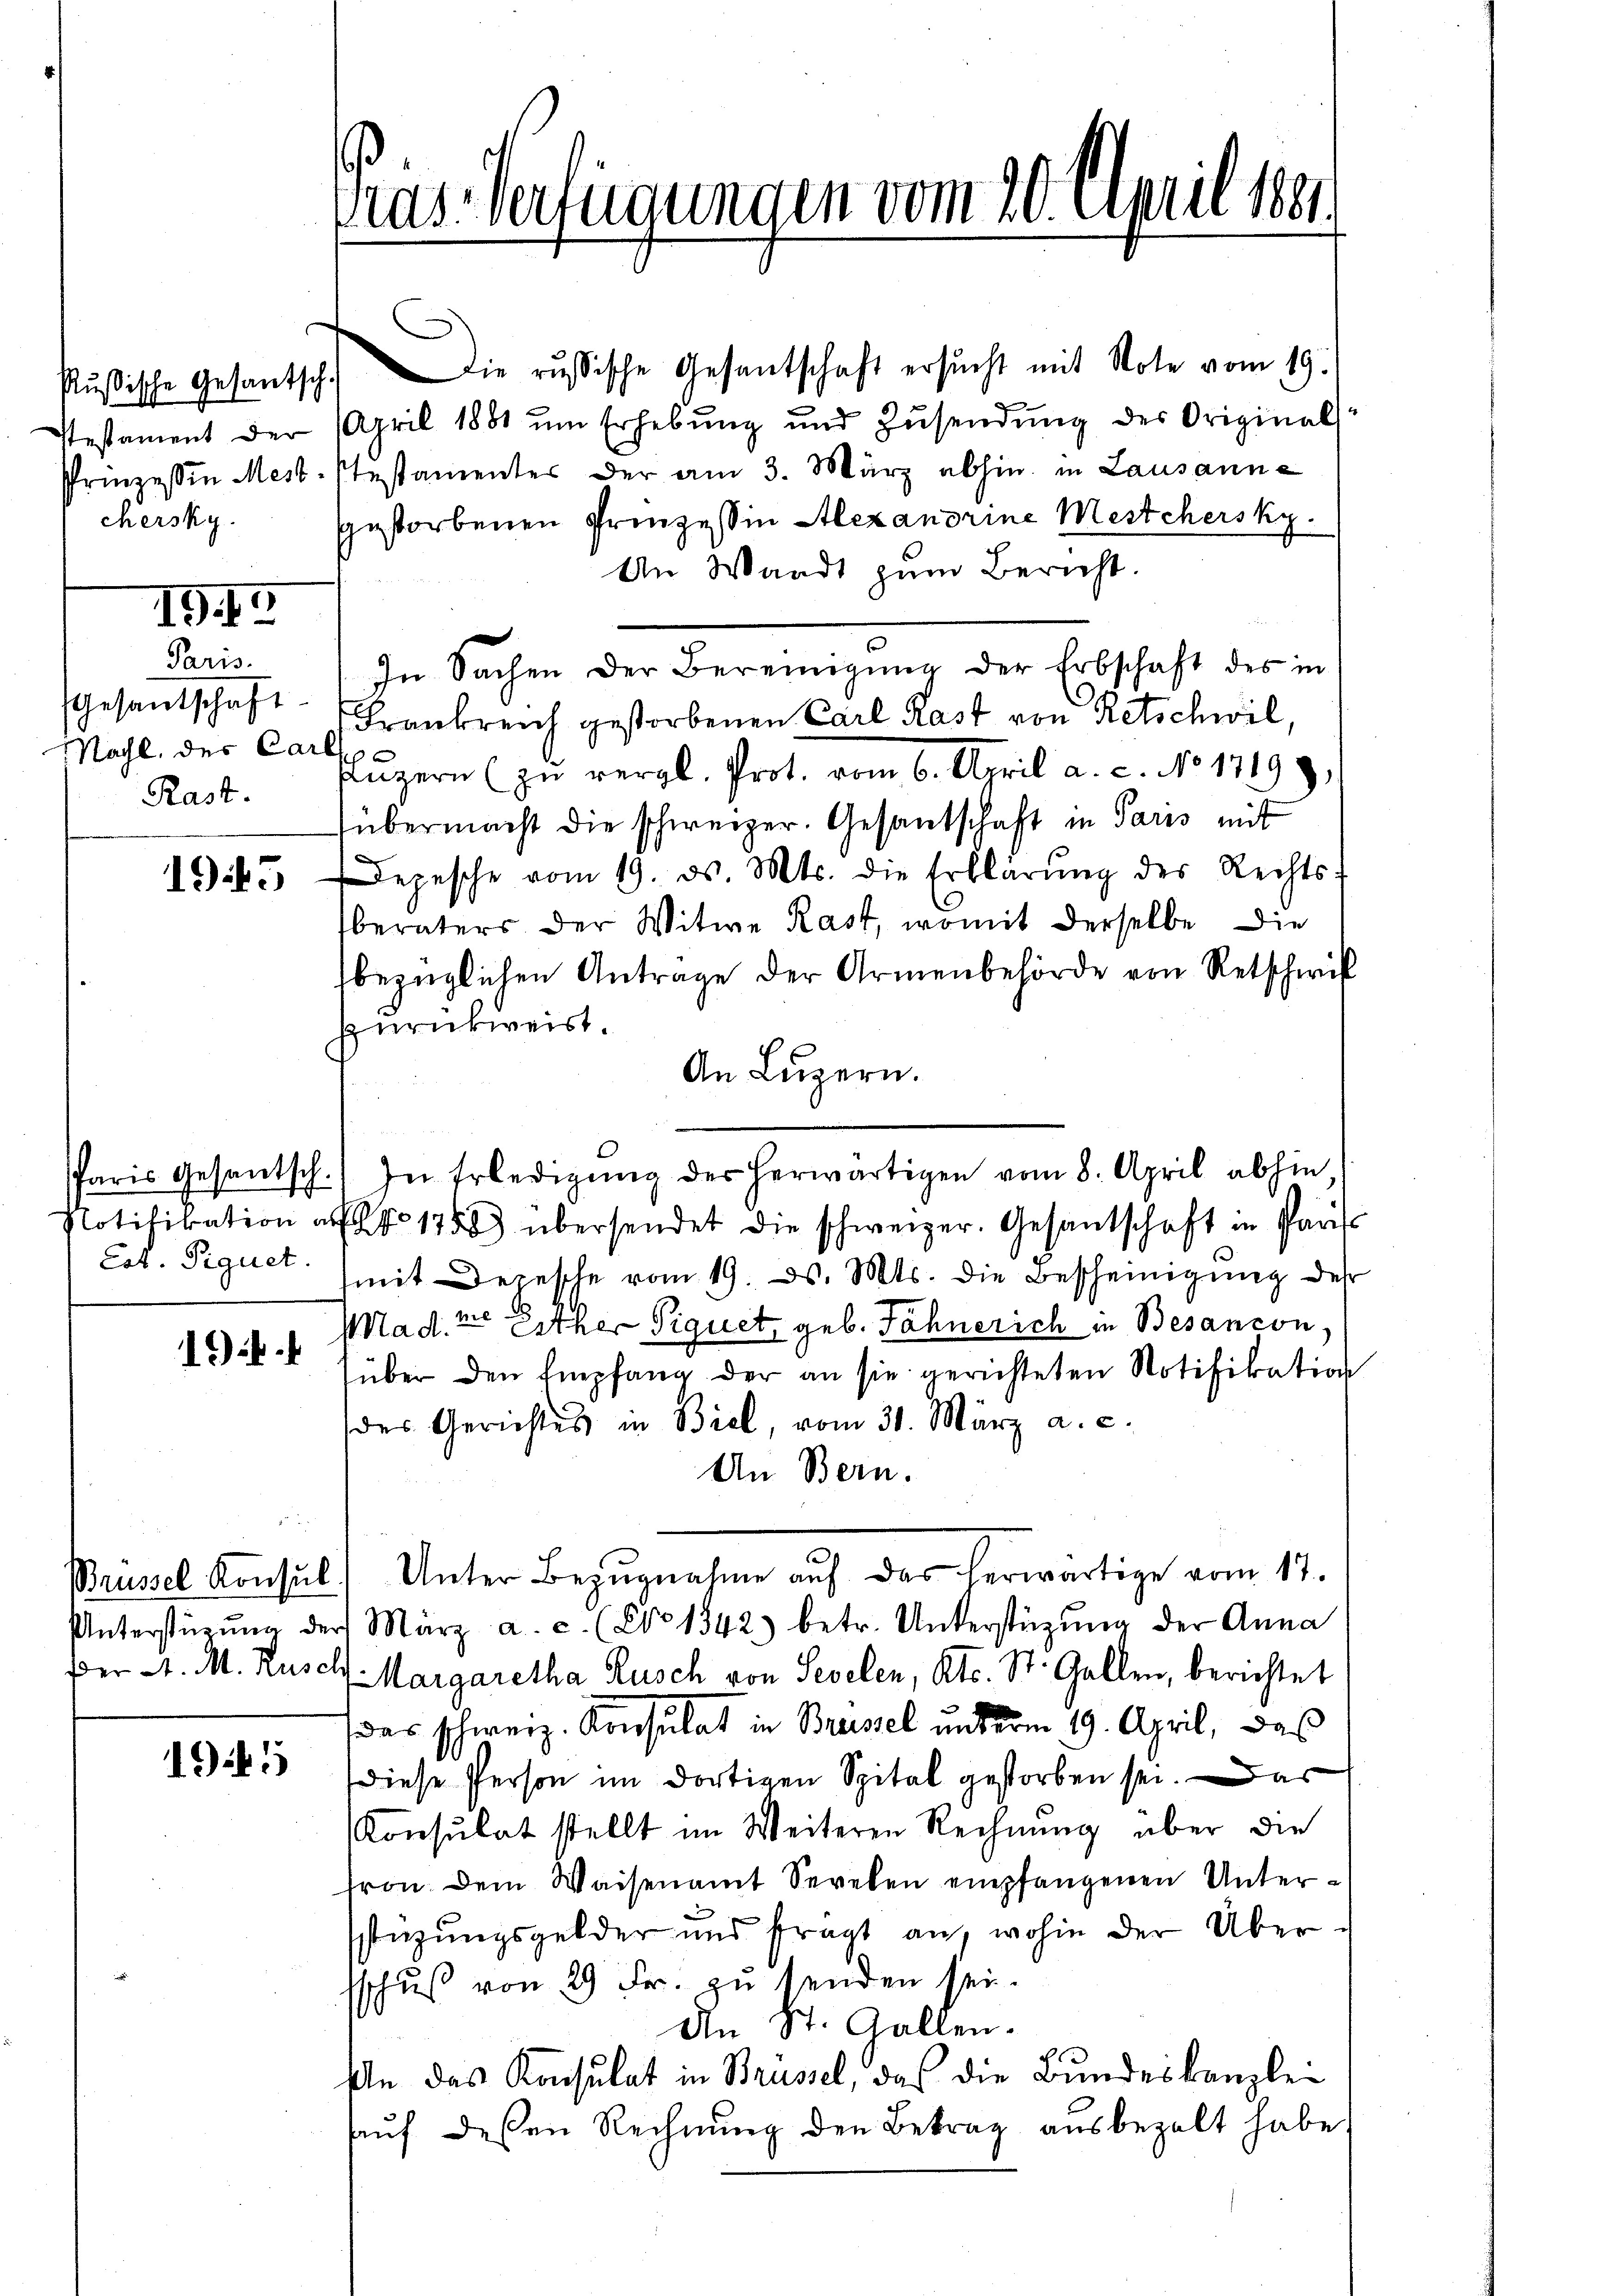
stestament der
chersky.

IG

Paris.
Gesandtschaft
Nachl, der Carl
Rast.

15

Cot. Signet.

194

195

Pras Verfügungen vom 20. April 1881.

kŭsische Gesantsch. Die russische Gesantschaft ersŭcht mit Note vom 19.
April 1881 um Erhebung und Zusendung des Originals
Prinzessin Mest. Pestamenter der am 3. März abhin in Lausanne
gestorbenen Prinzessin Alexandrine Mestehersky.
An Waadt zum Bericht.
In Sachen der Bereinigŭng der Erbschaft des in
Frankreich gestorbenen Carl Rast von Retschwil,
Fluzern (zu vergl. Prot. vom 6. April a. c. No 17199,
übermacht die schweizer. Gesantschaft in Paris mit
Depesche vom 19. ds. Mts. die Erklärŭng des Rechts-
beraters der Witwe Rast, womit derselbe die
bezüglichen Antrage der Armenbehörde von Retschwis
zurückweist.
An Luzern.
Paris Gesantsch. In Erledigŭng der herwärtigen vom 8. April abhin,
Potifikation als No 1758) übersendet die schweizer. Gesantschaft in Paris
mit Depesche vom 19. d. Mts. die Bescheinigung des
Mad. vor Lither Siquet, geb. Fähnerich in Besancon
süber den Empfang der an sie gerichteten Notifikation
des Gerichtes in Biel, vom 30. März a. c.
An Bern.
Bussel Konsul) Unter Bezŭgnahme auf das herwärtige vom 17.
Unterstüzŭng der März a. c. (Co 1342) betr. Unterstützŭng der Anna
Der A. M. Rusch Margaretha Lusch von Seelen, Kts. St. Gallen, berichtet
das schweiz. Konsulat in Brassel unterm 19. April, daß
diese Person im dortigen Spital gestorben sei. Das
Konsulat stellt im Weiteren Rechnung über die
tron dem Waisenamt Sevelen empfangenen Unterstüzungsgelder und fragt an, wohin der Überschuß von 29 Fr. zu senden sei.
An St. Gallen.
An das Konsulat in Brüssel, das die Bundeskanzlei
aŭf deßen Rechnŭng den Betrag ausbezalt habe